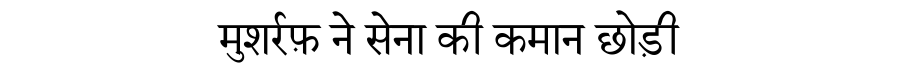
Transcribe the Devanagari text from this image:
मुशर्रफ़ ने सेना की कमान छोड़ी